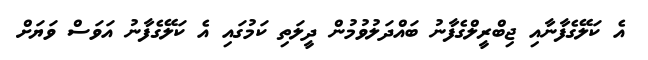
އެ ކަލޭގެފާނާއި ޖިބްރީލްގެފާނު ބައްދަލުވުމުން ދީލަތި ކަމުގައި އެ ކަލޭގެފާނު އަވަސް ވަޔަށް